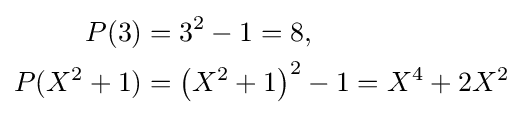
{\begin{aligned}P(3)&=3^{2}-1=8,\\P(X^{2}+1)&=\left(X^{2}+1\right)^{2}-1=X^{4}+2X^{2}\end{aligned}}